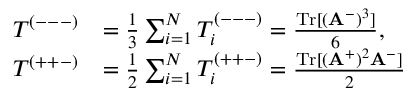
\begin{array} { r l } { T ^ { ( --- ) } } & { = \frac { 1 } { 3 } \sum _ { i = 1 } ^ { N } T _ { i } ^ { ( --- ) } = \frac { \mathrm { T r } [ ( \mathbf { A } ^ { - } ) ^ { 3 } ] } { 6 } , } \\ { T ^ { ( + + - ) } } & { = \frac { 1 } { 2 } \sum _ { i = 1 } ^ { N } T _ { i } ^ { ( + + - ) } = \frac { \mathrm { T r } [ ( \mathbf { A } ^ { + } ) ^ { 2 } \mathbf { A } ^ { - } ] } { 2 } } \end{array}